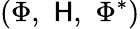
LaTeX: (\Phi,\, \, \mathsf{H},\, \, \Phi^{*})